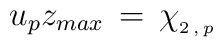
u_p z_{max}\,=\, \chi_{_{2\,,\,p}}